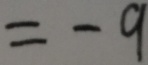
= - 9